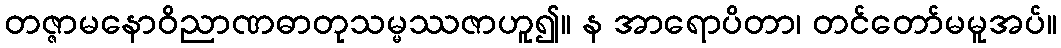
တဇ္ဇာမနောဝိညာဏဓာတုသမ္မဿဇာဟူ၍။ န အာရောပိတာ၊ တင်တော်မမူအပ်။